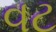
વટ